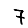
Digit: 7